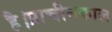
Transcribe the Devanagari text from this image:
है।प्राचीनकाल